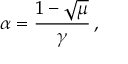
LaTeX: \alpha = \frac { 1 - \sqrt { \mu } } { \gamma } \, ,